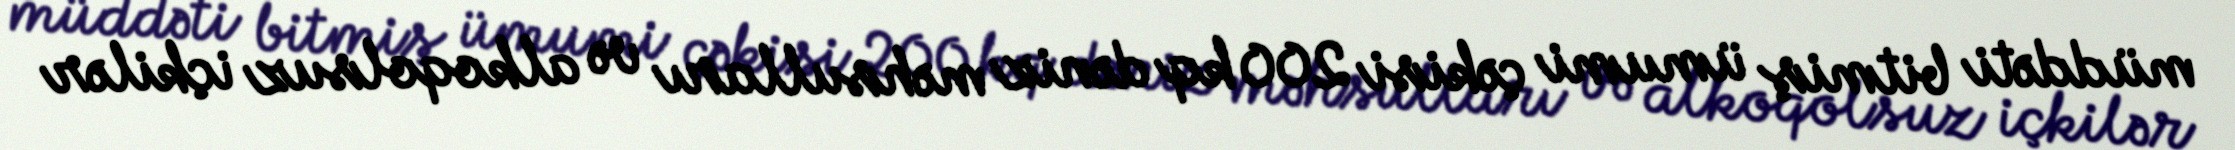
müddəti bitmiş ümumi çəkisi 200 kq dəniz məhsulları və alkoqolsuz içkilər